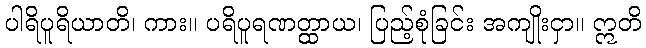
ပါရိပူရိယာတိ၊ ကား။ ပရိပူရဏတ္ထာယ၊ ပြည့်စုံခြင်း အကျိုးငှာ။ ဣတိ